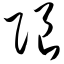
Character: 限